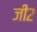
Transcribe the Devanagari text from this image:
जी२